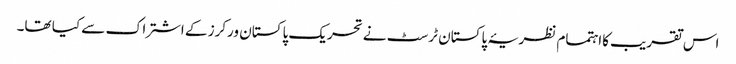
اس تقریب کااہتمام نظریۂ پاکستان ٹرسٹ نے تحریک پاکستان ورکرز کے اشتراک سے کیا تھا۔